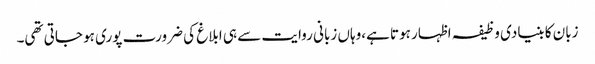
زبان کا بنیادی وظیفہ اظہار ہوتا ہے،وہاں زبانی روایت سے ہی ابلاغ کی ضرورت پوری ہو جاتی تھی۔